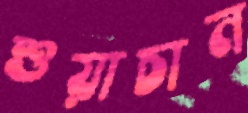
শুয়াচান